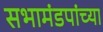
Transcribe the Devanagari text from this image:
सभामंडपांच्या